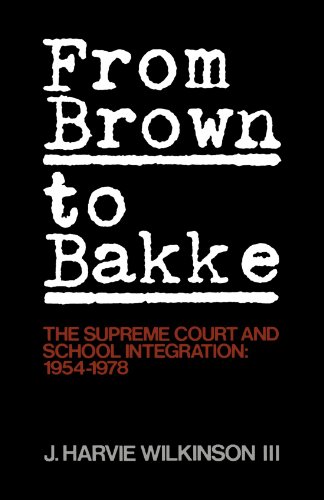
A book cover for From Brown to Bakke: The Supreme Court and School Integration: 1954-1978; J. Harvie Wilkinson; Law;